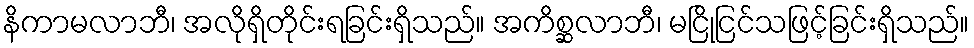
နိကာမလာဘီ၊ အလိုရှိတိုင်းရခြင်းရှိသည်။ အကိစ္ဆလာဘီ၊ မငြိုငြင်သဖြင့်ခြင်းရှိသည်။